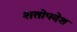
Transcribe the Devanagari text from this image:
शतोपदेश